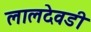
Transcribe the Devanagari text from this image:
लालदेवडी